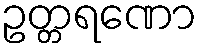
ဥတ္တရဏော